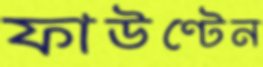
ফাউণ্টেন